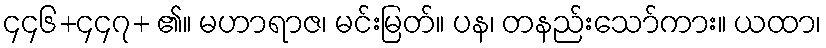
၄၄၆+၄၄၇+ ၏။ မဟာရာဇ၊ မင်းမြတ်။ ပန၊ တနည်းသော်ကား။ ယထာ၊